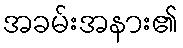
အခမ်းအနား၏